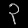
Digit: ၃